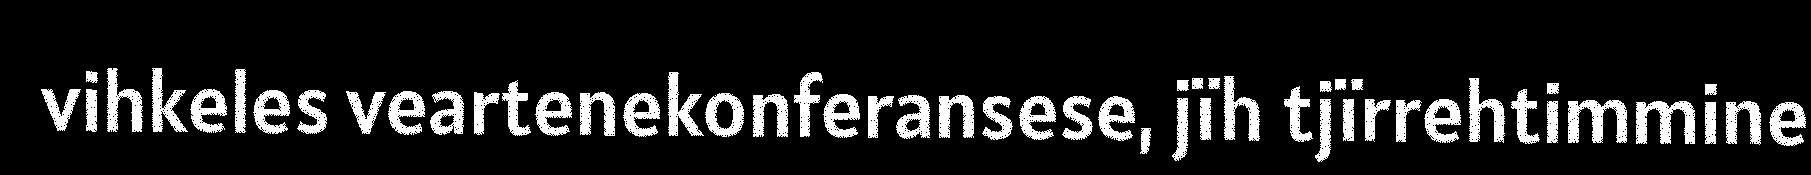
vihkeles veartenekonferansese, jïh tjïrrehtimmine